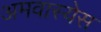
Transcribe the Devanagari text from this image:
अमवास्येस